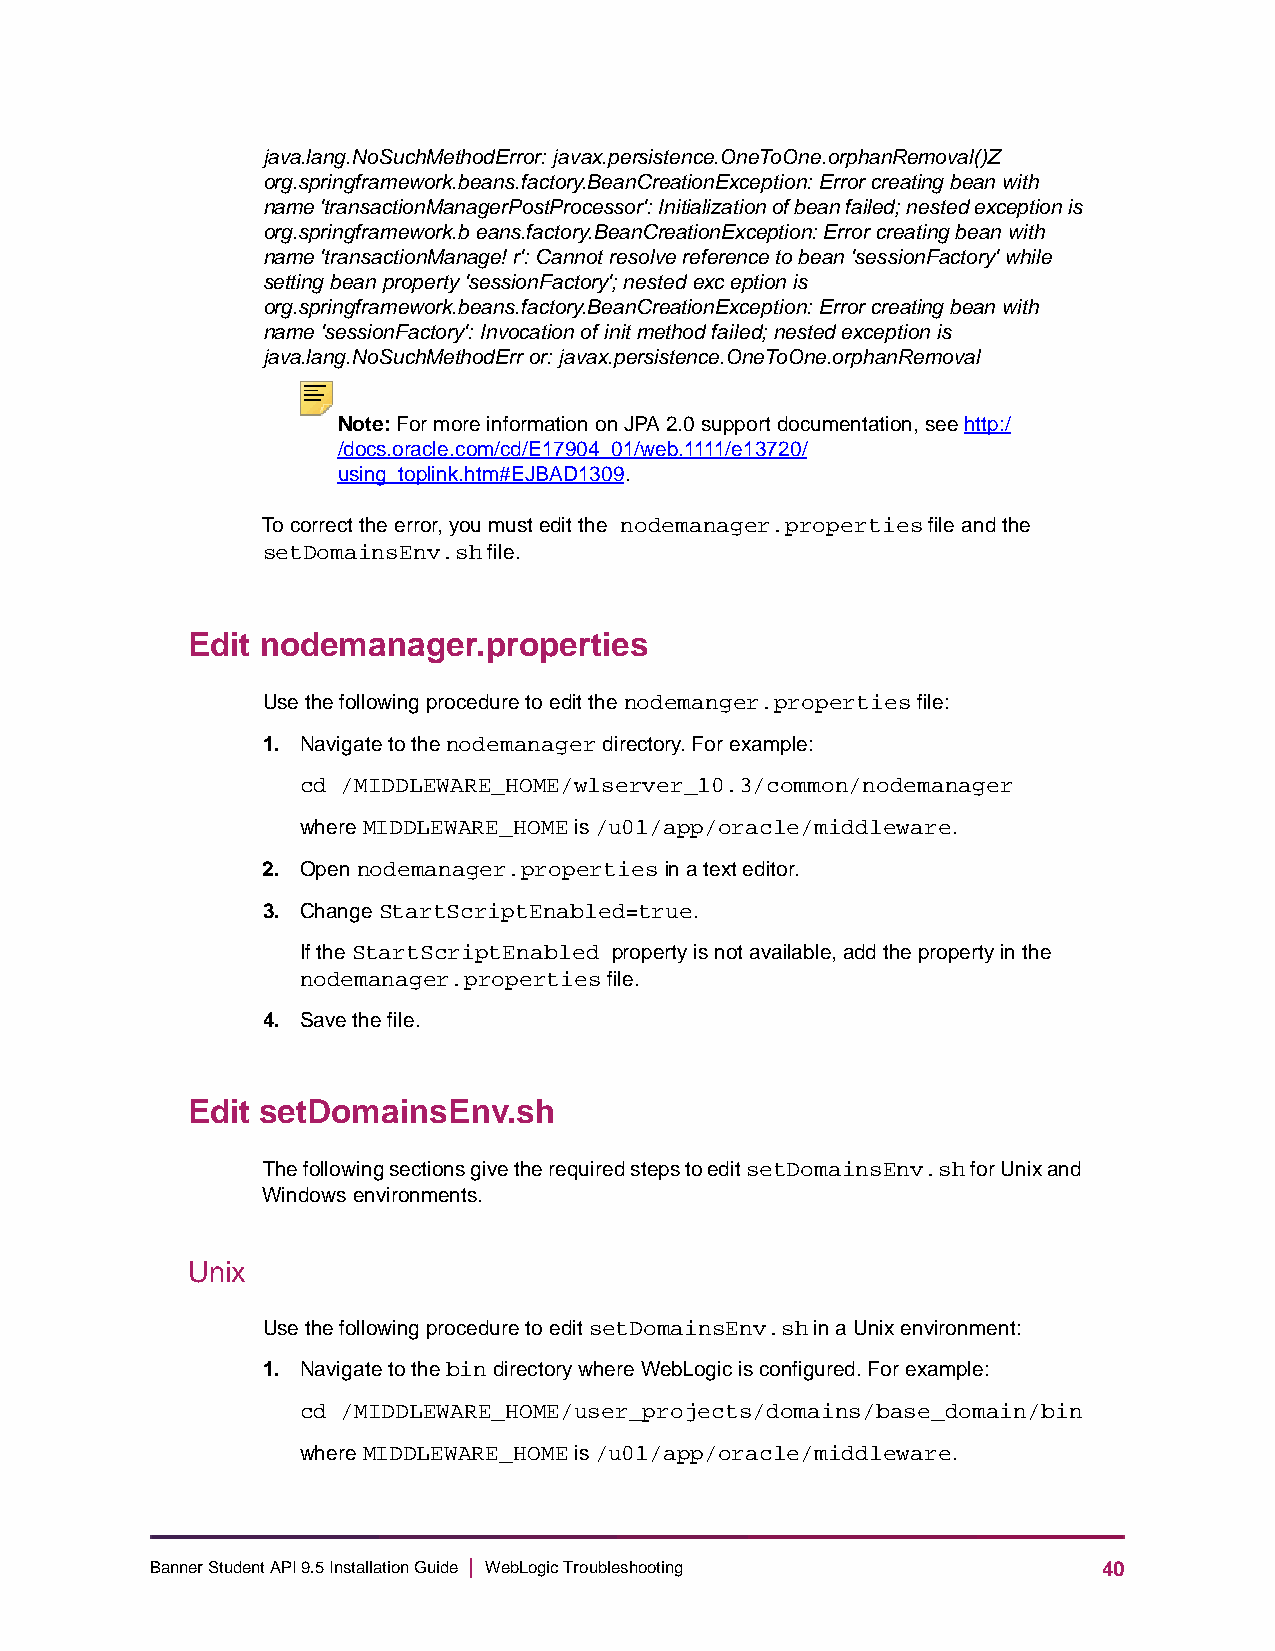
java.lang.NoSuchMethodError: javax.persistence.OneToOne.orphanRemoval()Z
 org.springframework.beans.factory.BeanCreationException: Error creating bean with
 name 'transactionManagerPostProcessor': Initialization of bean failed; nested exception is
 org.springframework.b eans.factory.BeanCreationException: Error creating bean with
 name 'transactionManage! r': Cannot resolve reference to bean 'sessionFactory' while
 setting bean property 'sessionFactory'; nested exc eption is
 org.springframework.beans.factory.BeanCreationException: Error creating bean with
 name 'sessionFactory': Invocation of init method failed; nested exception is
 java.lang.NoSuchMethodErr or: javax.persistence.OneToOne.orphanRemoval
 Note: For more information on JPA 2.0 support documentation, see http:/
 /docs.oracle.com/cd/E17904_01/web.1111/e13720/
 using_toplink.htm#EJBAD1309.
 To correct the error, you must edit the nodemanager.properties file and the
 setDomainsEnv.sh file.
 Edit nodemanager.properties
 Use the following procedure to edit the nodemanger.properties file:
 1. Navigate to the nodemanager directory. For example:
 cd /MIDDLEWARE_HOME/wlserver_10.3/common/nodemanager
 where MIDDLEWARE_HOME is /u01/app/oracle/middleware.
 2. Open nodemanager.properties in a text editor.
 3. Change StartScriptEnabled=true.
 If the StartScriptEnabled property is not available, add the property in the
 nodemanager.properties file.
 4. Save the file.
 Edit setDomainsEnv.sh
 The following sections give the required steps to edit setDomainsEnv.sh for Unix and
 Windows environments.
 Unix
 Use the following procedure to edit setDomainsEnv.sh in a Unix environment:
 1. Navigate to the bin directory where WebLogic is configured. For example:
 cd /MIDDLEWARE_HOME/user_projects/domains/base_domain/bin
 where MIDDLEWARE_HOME is /u01/app/oracle/middleware.
 Banner Student API 9.5 Installation Guide | WebLogic Troubleshooting 40